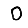
Digit: 0